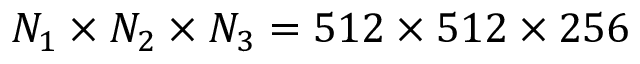
{ N _ { 1 } } \times { N _ { 2 } } \times { N _ { 3 } } = 5 1 2 \times 5 1 2 \times 2 5 6